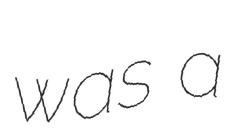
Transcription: was a